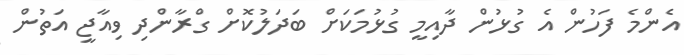
އެންމެ ފަހުން އެ ގުޅުން ދާއިމީ ގުޅުމަކަށް ބަދަލުކޮށް ގްރާންދި ވިއާޖީ އަތުން